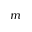
m